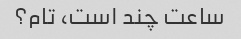
ساعت چند است، تام؟